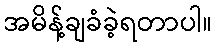
အမိန့်ချခံခဲ့ရတာပါ။